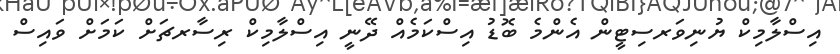
އިސްލާމިކް ޔުނިވަރސިޓީން އެންމެ ބޮޑު އިސްކަމެއް ދޭނީ އިސްލާމިކް ރިސާރޗަށް ކަމަށް ވައިސް